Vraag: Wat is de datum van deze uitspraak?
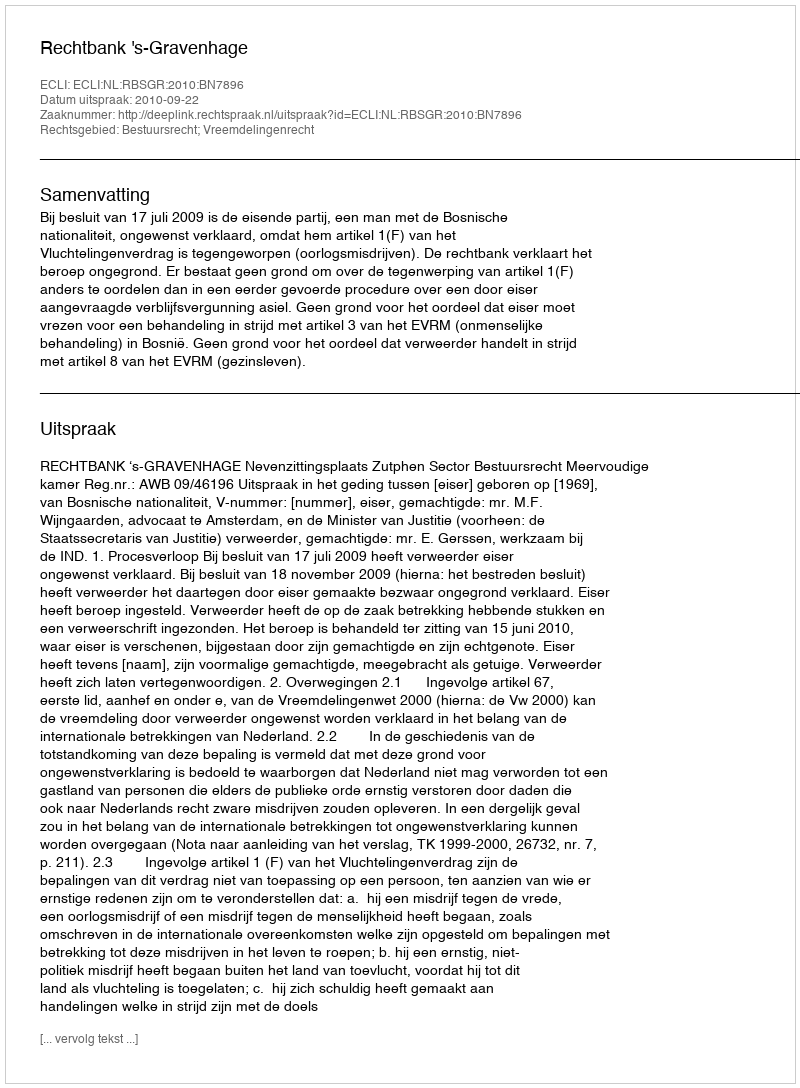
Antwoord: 2010-09-22